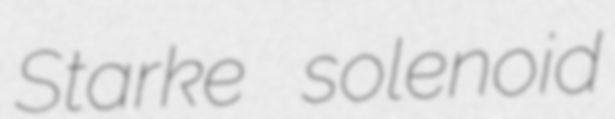
Starke solenoid